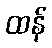
ထန်